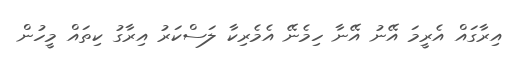
އިރާގައް އެރީމަ އޭނު އޭނާ ހިމެނޭ އެމެރިކާ ލަސްކަރު އިރާގު ކިތައް މީހުން